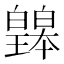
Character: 𤾲